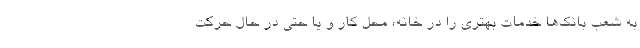
به شعب بانک‌ها خدمات بهتری را در خانه، محل کار و یا حتی در حال حرکت